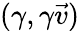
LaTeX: (\gamma,\gamma{\vec{v}})